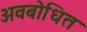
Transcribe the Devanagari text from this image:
अवबोधित